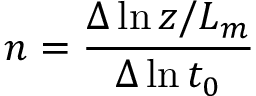
n = \frac { \Delta \ln { z / L _ { m } } } { \Delta \ln { t _ { 0 } } }